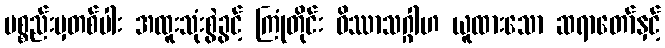
ပစ္စည်းမှတစ်ပါး အထူးသုံးစွဲခွင့် ကြုံတိုင်း ဝိဿာသဂ္ဂါဟ ယူထားသော ဆရာတော်နှင့်